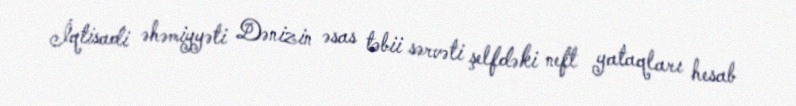
İqtisadi əhəmiyyəti Dənizin əsas təbii sərvəti şelfdəki neft yataqları hesab